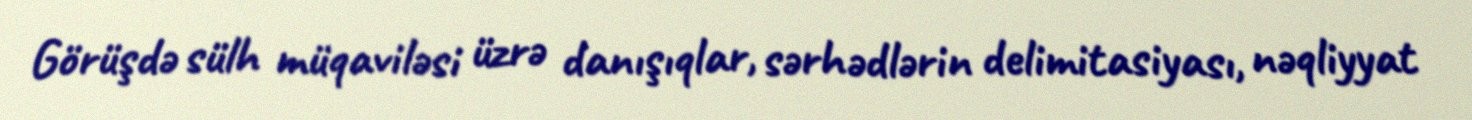
Görüşdə sülh müqaviləsi üzrə danışıqlar, sərhədlərin delimitasiyası, nəqliyyat